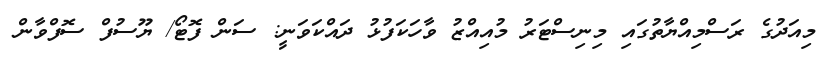
މިއަދުގެ ރަސްމިއްޔާތުގައި މިނިސްޓަރު މުއިއްޒު ވާހަކަފުޅު ދައްކަވަނީ: ސަން ފޮޓޯ/ ޔޫސުފް ސޮފްވާން